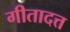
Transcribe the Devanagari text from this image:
गीतादत्त